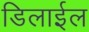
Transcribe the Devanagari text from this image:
डिलाईल